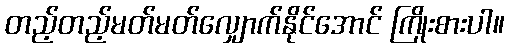
တည့်တည့်မတ်မတ်လျှောက်နိုင်အောင် ကြိုးစားပါ။